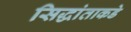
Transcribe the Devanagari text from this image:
सिद्धांताकडे